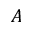
A